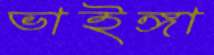
ভাইঙ্গা